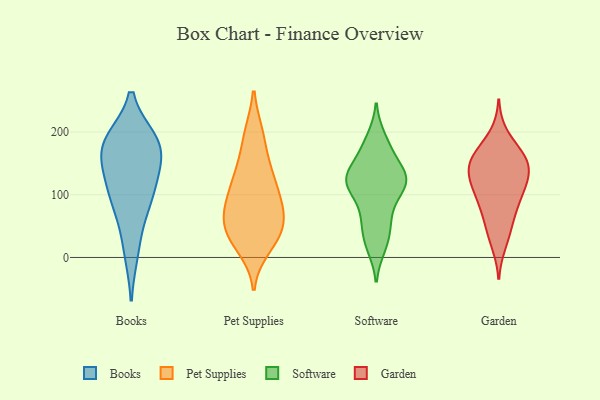
{"axis": {"x": "Revenue (USD Million)", "y": "Value"}, "legend": ["Books", "Garden", "Pet Supplies", "Software"], "data": [{"x": "", "y": 101, "type": "Books"}, {"x": "", "y": 185, "type": "Books"}, {"x": "", "y": 110, "type": "Books"}, {"x": "", "y": 67, "type": "Books"}, {"x": "", "y": 10, "type": "Books"}, {"x": "", "y": 120, "type": "Books"}, {"x": "", "y": 167, "type": "Books"}, {"x": "", "y": 183, "type": "Books"}, {"x": "", "y": 181, "type": "Books"}, {"x": "", "y": 169, "type": "Books"}, {"x": "", "y": 195, "type": "Pet Supplies"}, {"x": "", "y": 37, "type": "Pet Supplies"}, {"x": "", "y": 135, "type": "Pet Supplies"}, {"x": "", "y": 50, "type": "Pet Supplies"}, {"x": "", "y": 35, "type": "Pet Supplies"}, {"x": "", "y": 82, "type": "Pet Supplies"}, {"x": "", "y": 82, "type": "Pet Supplies"}, {"x": "", "y": 57, "type": "Pet Supplies"}, {"x": "", "y": 36, "type": "Pet Supplies"}, {"x": "", "y": 137, "type": "Pet Supplies"}, {"x": "", "y": 194, "type": "Pet Supplies"}, {"x": "", "y": 130, "type": "Pet Supplies"}, {"x": "", "y": 18, "type": "Pet Supplies"}, {"x": "", "y": 96, "type": "Pet Supplies"}, {"x": "", "y": 87, "type": "Pet Supplies"}, {"x": "", "y": 22, "type": "Software"}, {"x": "", "y": 119, "type": "Software"}, {"x": "", "y": 183, "type": "Software"}, {"x": "", "y": 122, "type": "Software"}, {"x": "", "y": 65, "type": "Software"}, {"x": "", "y": 190, "type": "Software"}, {"x": "", "y": 129, "type": "Software"}, {"x": "", "y": 17, "type": "Software"}, {"x": "", "y": 37, "type": "Software"}, {"x": "", "y": 76, "type": "Software"}, {"x": "", "y": 164, "type": "Software"}, {"x": "", "y": 132, "type": "Software"}, {"x": "", "y": 158, "type": "Software"}, {"x": "", "y": 110, "type": "Software"}, {"x": "", "y": 120, "type": "Software"}, {"x": "", "y": 58, "type": "Software"}, {"x": "", "y": 125, "type": "Software"}, {"x": "", "y": 110, "type": "Software"}, {"x": "", "y": 127, "type": "Software"}, {"x": "", "y": 135, "type": "Garden"}, {"x": "", "y": 58, "type": "Garden"}, {"x": "", "y": 135, "type": "Garden"}, {"x": "", "y": 158, "type": "Garden"}, {"x": "", "y": 120, "type": "Garden"}, {"x": "", "y": 98, "type": "Garden"}, {"x": "", "y": 152, "type": "Garden"}, {"x": "", "y": 104, "type": "Garden"}, {"x": "", "y": 196, "type": "Garden"}, {"x": "", "y": 153, "type": "Garden"}, {"x": "", "y": 149, "type": "Garden"}, {"x": "", "y": 67, "type": "Garden"}, {"x": "", "y": 169, "type": "Garden"}, {"x": "", "y": 36, "type": "Garden"}, {"x": "", "y": 82, "type": "Garden"}, {"x": "", "y": 124, "type": "Garden"}, {"x": "", "y": 22, "type": "Garden"}, {"x": "", "y": 166, "type": "Garden"}, {"x": "", "y": 105, "type": "Garden"}]}